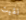
لقيت